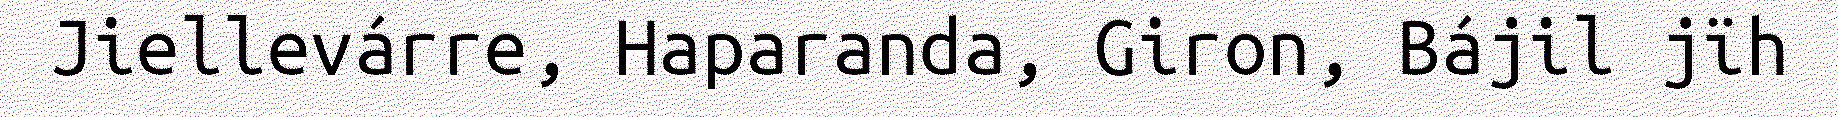
Jiellevárre, Haparanda, Giron, Bájil jïh